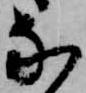
な